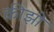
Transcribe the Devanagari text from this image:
कीझो